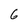
Character: 6